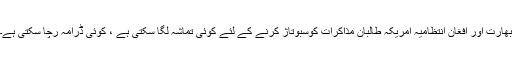
بھارت اور افغان انتظامیہ امریکہ طالبان مذاکرات کوسبوتاژ کرنے کے لئے کوئی تماشہ لگا سکتی ہے ، کوئی ڈرامہ رچا سکتی ہے۔